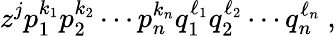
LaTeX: z^{j}p_{1}^{k_{1}}p_{2}^{k_{2}}\cdots p_{n}^{k_{n}}q_{1}^{\ell_{1}}q_{2}^{\ell_{2}}\cdots q_{n}^{\ell_{n}}~,